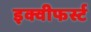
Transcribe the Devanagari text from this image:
इक्वीफर्स्ट